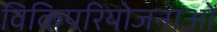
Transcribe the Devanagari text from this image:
विकिपरियोजनाओं